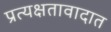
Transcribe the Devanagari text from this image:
प्रत्यक्षतावादात